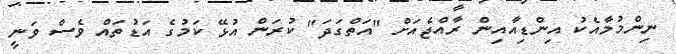
ނިންމުމާއެކު އިންޑިއާއިން ރާއްޖެއަށް "އަތްގަދަ" ކުރަން އުޅޭ ކަމުގެ އަޑުތައް ވެސް ވަނީ